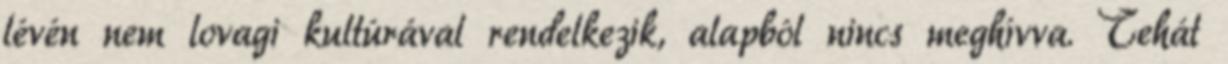
lévén nem lovagi kultúrával rendelkezik, alapból nincs meghívva. Tehát